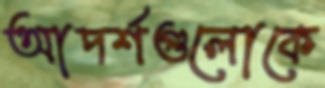
আদর্শগুলোকে